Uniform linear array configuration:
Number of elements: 48
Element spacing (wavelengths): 1
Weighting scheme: hann
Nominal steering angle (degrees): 0
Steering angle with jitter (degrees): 1.931
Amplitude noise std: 0.05
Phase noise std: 0.05

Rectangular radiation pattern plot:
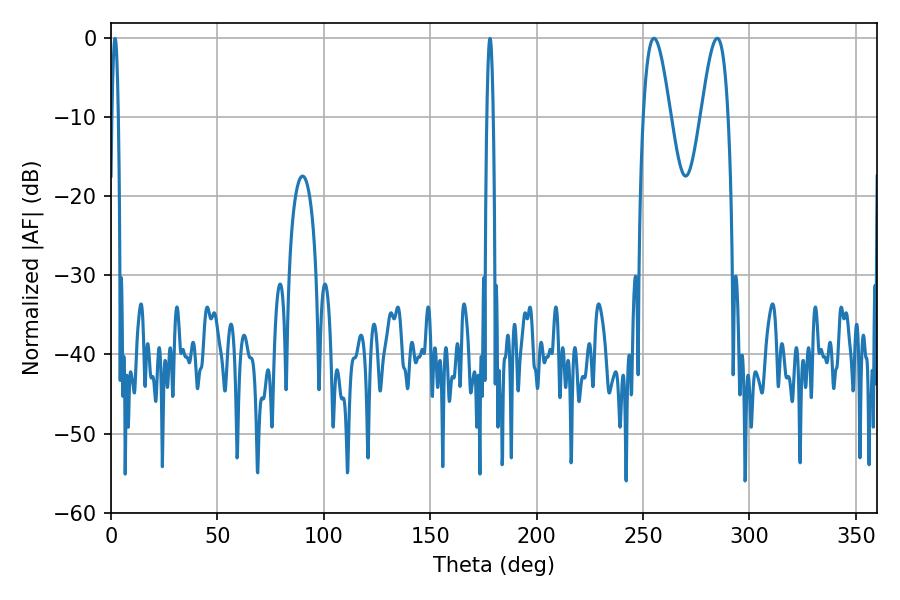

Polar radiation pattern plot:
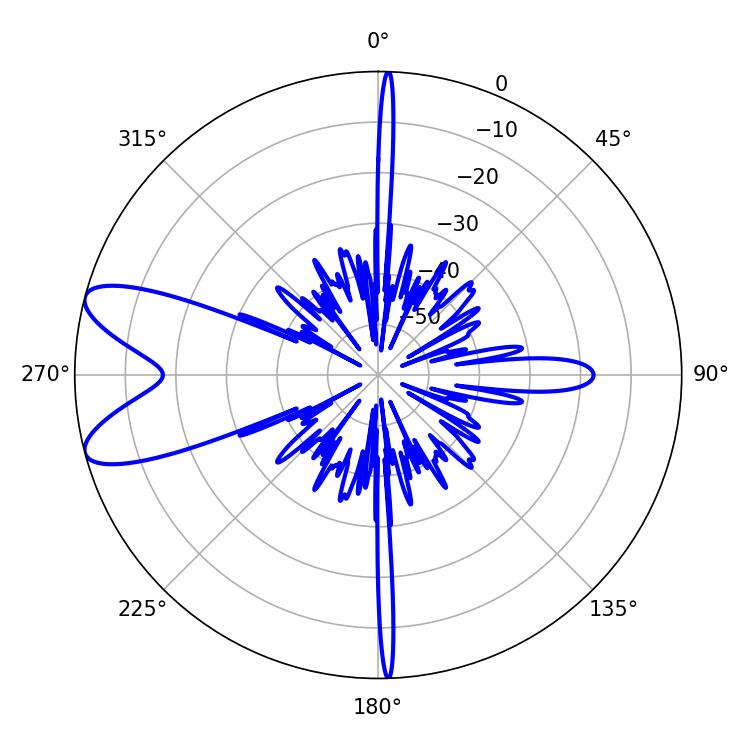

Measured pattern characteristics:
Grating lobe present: TRUE
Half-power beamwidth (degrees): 6.84
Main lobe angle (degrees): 255.06